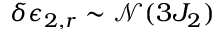
\delta \epsilon _ { 2 , r } \sim \mathcal { N } ( 3 J _ { 2 } )